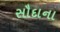
સૌદાના